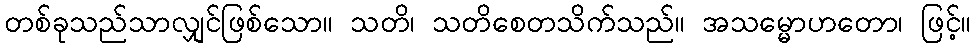
တစ်ခုသည်သာလျှင်ဖြစ်သော။ သတိ၊ သတိစေတသိက်သည်။ အသမ္မောဟတော၊ ဖြင့်။